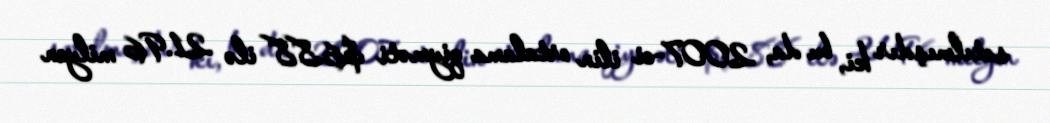
satılmışdır ki, bu da, 2007-ci ilin ortalama qiyməti $6.88 ilə 21.96 milyon